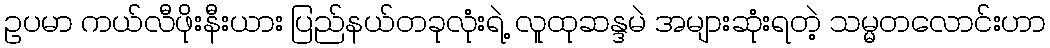
ဥပမာ ကယ်လီဖိုးနီးယား ပြည်နယ်တခုလုံးရဲ့ လူထုဆန္ဒမဲ အများဆုံးရတဲ့ သမ္မတလောင်းဟာ